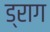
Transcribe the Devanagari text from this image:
ड्राग